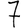
Digit: 7